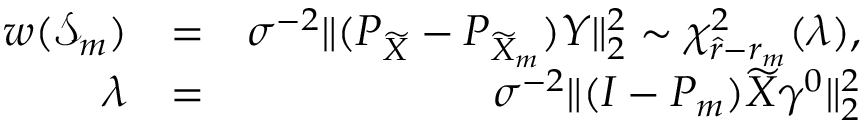
\begin{array} { r l r } { w ( \mathcal { S } _ { m } ) } & { = } & { \sigma ^ { - 2 } \| ( P _ { \widetilde { X } } - P _ { \widetilde { X } _ { m } } ) Y \| _ { 2 } ^ { 2 } \sim \chi _ { \hat { r } - r _ { m } } ^ { 2 } ( \lambda ) , } \\ { \lambda } & { = } & { \sigma ^ { - 2 } \| ( I - P _ { m } ) \widetilde { X } \gamma ^ { 0 } \| _ { 2 } ^ { 2 } } \end{array}